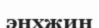
энхжин